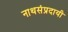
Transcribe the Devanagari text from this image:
नाथसंप्रदायी